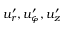
u _ { r } ^ { \prime } , u _ { \varphi } ^ { \prime } , u _ { z } ^ { \prime }